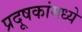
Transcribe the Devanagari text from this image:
प्रदूषकांमध्ये